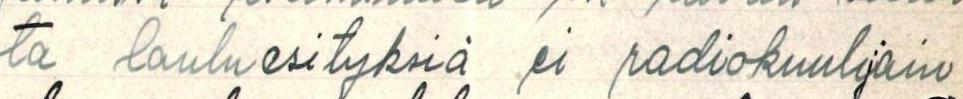
ta lauluesityksiä ei radiokuulijain